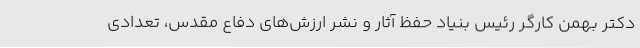
دکتر بهمن کارگر رئیس بنیاد حفظ آثار و نشر ارزش‌های دفاع مقدس، تعدادی